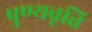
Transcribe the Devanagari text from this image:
पुण्यवृत्ति